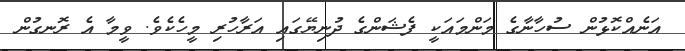
އަނެއްކޮޅުން ސުހާނާގެ މަންމައަކީ ފެޝަންގެ ދުނިޔޭގައި އަރާހުރި މީހެކެވެ. ވީމާ އެ ރޮނގުން